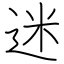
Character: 迷